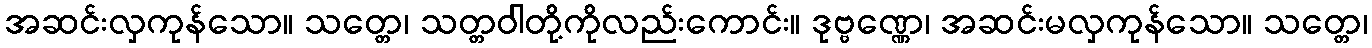
အဆင်းလှကုန်သော။ သတ္တေ၊ သတ္တဝါတို့ကိုလည်းကောင်း။ ဒုဗ္ဗဏ္ဏေ၊ အဆင်းမလှကုန်သော။ သတ္တေ၊